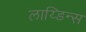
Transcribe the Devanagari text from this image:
लाय्डिन्स